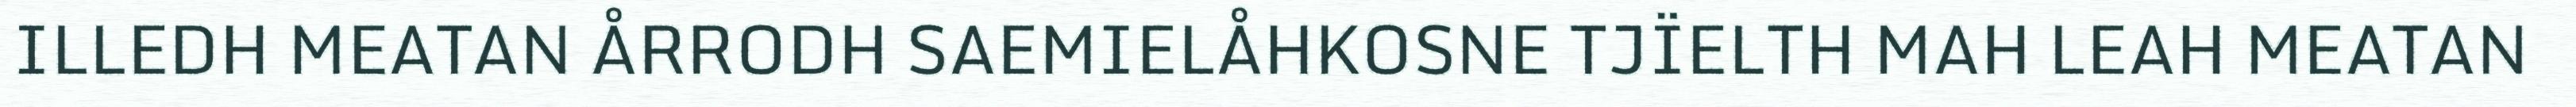
ILLEDH MEATAN ÅRRODH SAEMIELÅHKOSNE TJÏELTH MAH LEAH MEATAN